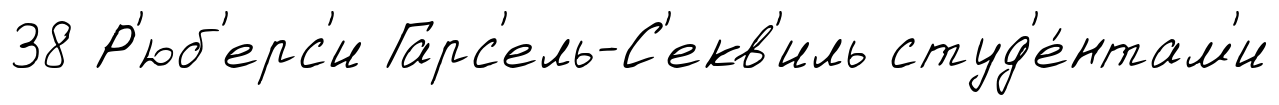
38 Р'юб'ерс'и Гарс'ель-С'екв'иль студ'е́нтам'и